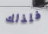
فلذلك